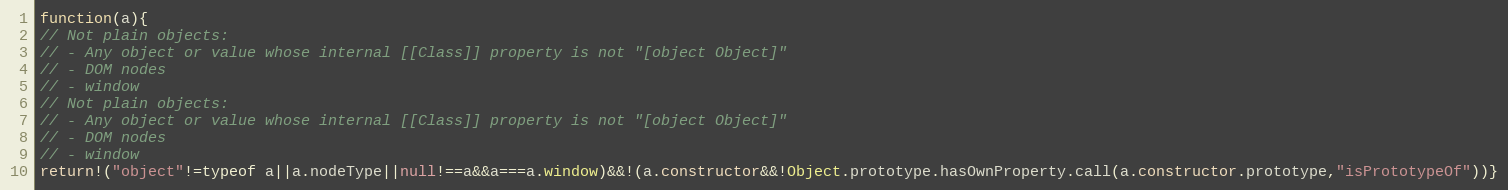
Language: JavaScript
function(a){
// Not plain objects:
// - Any object or value whose internal [[Class]] property is not "[object Object]"
// - DOM nodes
// - window
// Not plain objects:
// - Any object or value whose internal [[Class]] property is not "[object Object]"
// - DOM nodes
// - window
return!("object"!=typeof a||a.nodeType||null!==a&&a===a.window)&&!(a.constructor&&!Object.prototype.hasOwnProperty.call(a.constructor.prototype,"isPrototypeOf"))}